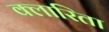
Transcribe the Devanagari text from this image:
क्लारिता